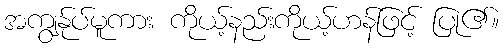
အကျွန်ုပ်မူကား ကိုယ့်နည်းကိုယ့်ဟန်ဖြင့် ပြု၏။